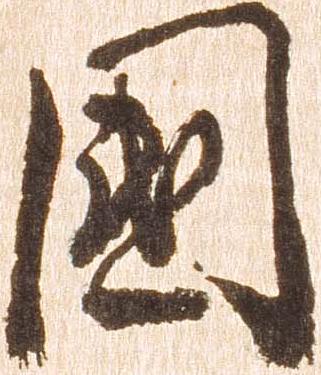
国